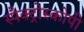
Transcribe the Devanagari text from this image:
स्पैक्ट्रोस्कोपी